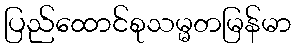
ပြည်ထောင်စုသမ္မတမြန်မာ